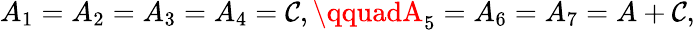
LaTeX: {A_{1}=A_{2}=A_{3}=A_{4}=\mathcal{C},\qquadA_{5}=A_{6}=A_{7}=A+\mathcal{C},}